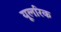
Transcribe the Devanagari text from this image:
यूलरिक